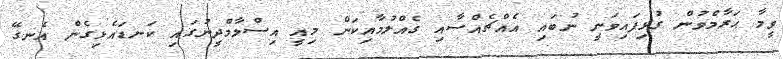
ވީމާ ޙަރާމްވުން ގުޅިފައިވަނީ ނުބައި އެއްޗެއްސާއި ގެއްލުމާއިކަން މިއީ އިސްލާމްދީނުގައި ކަނޑައެޅިގެން އެނގޭ